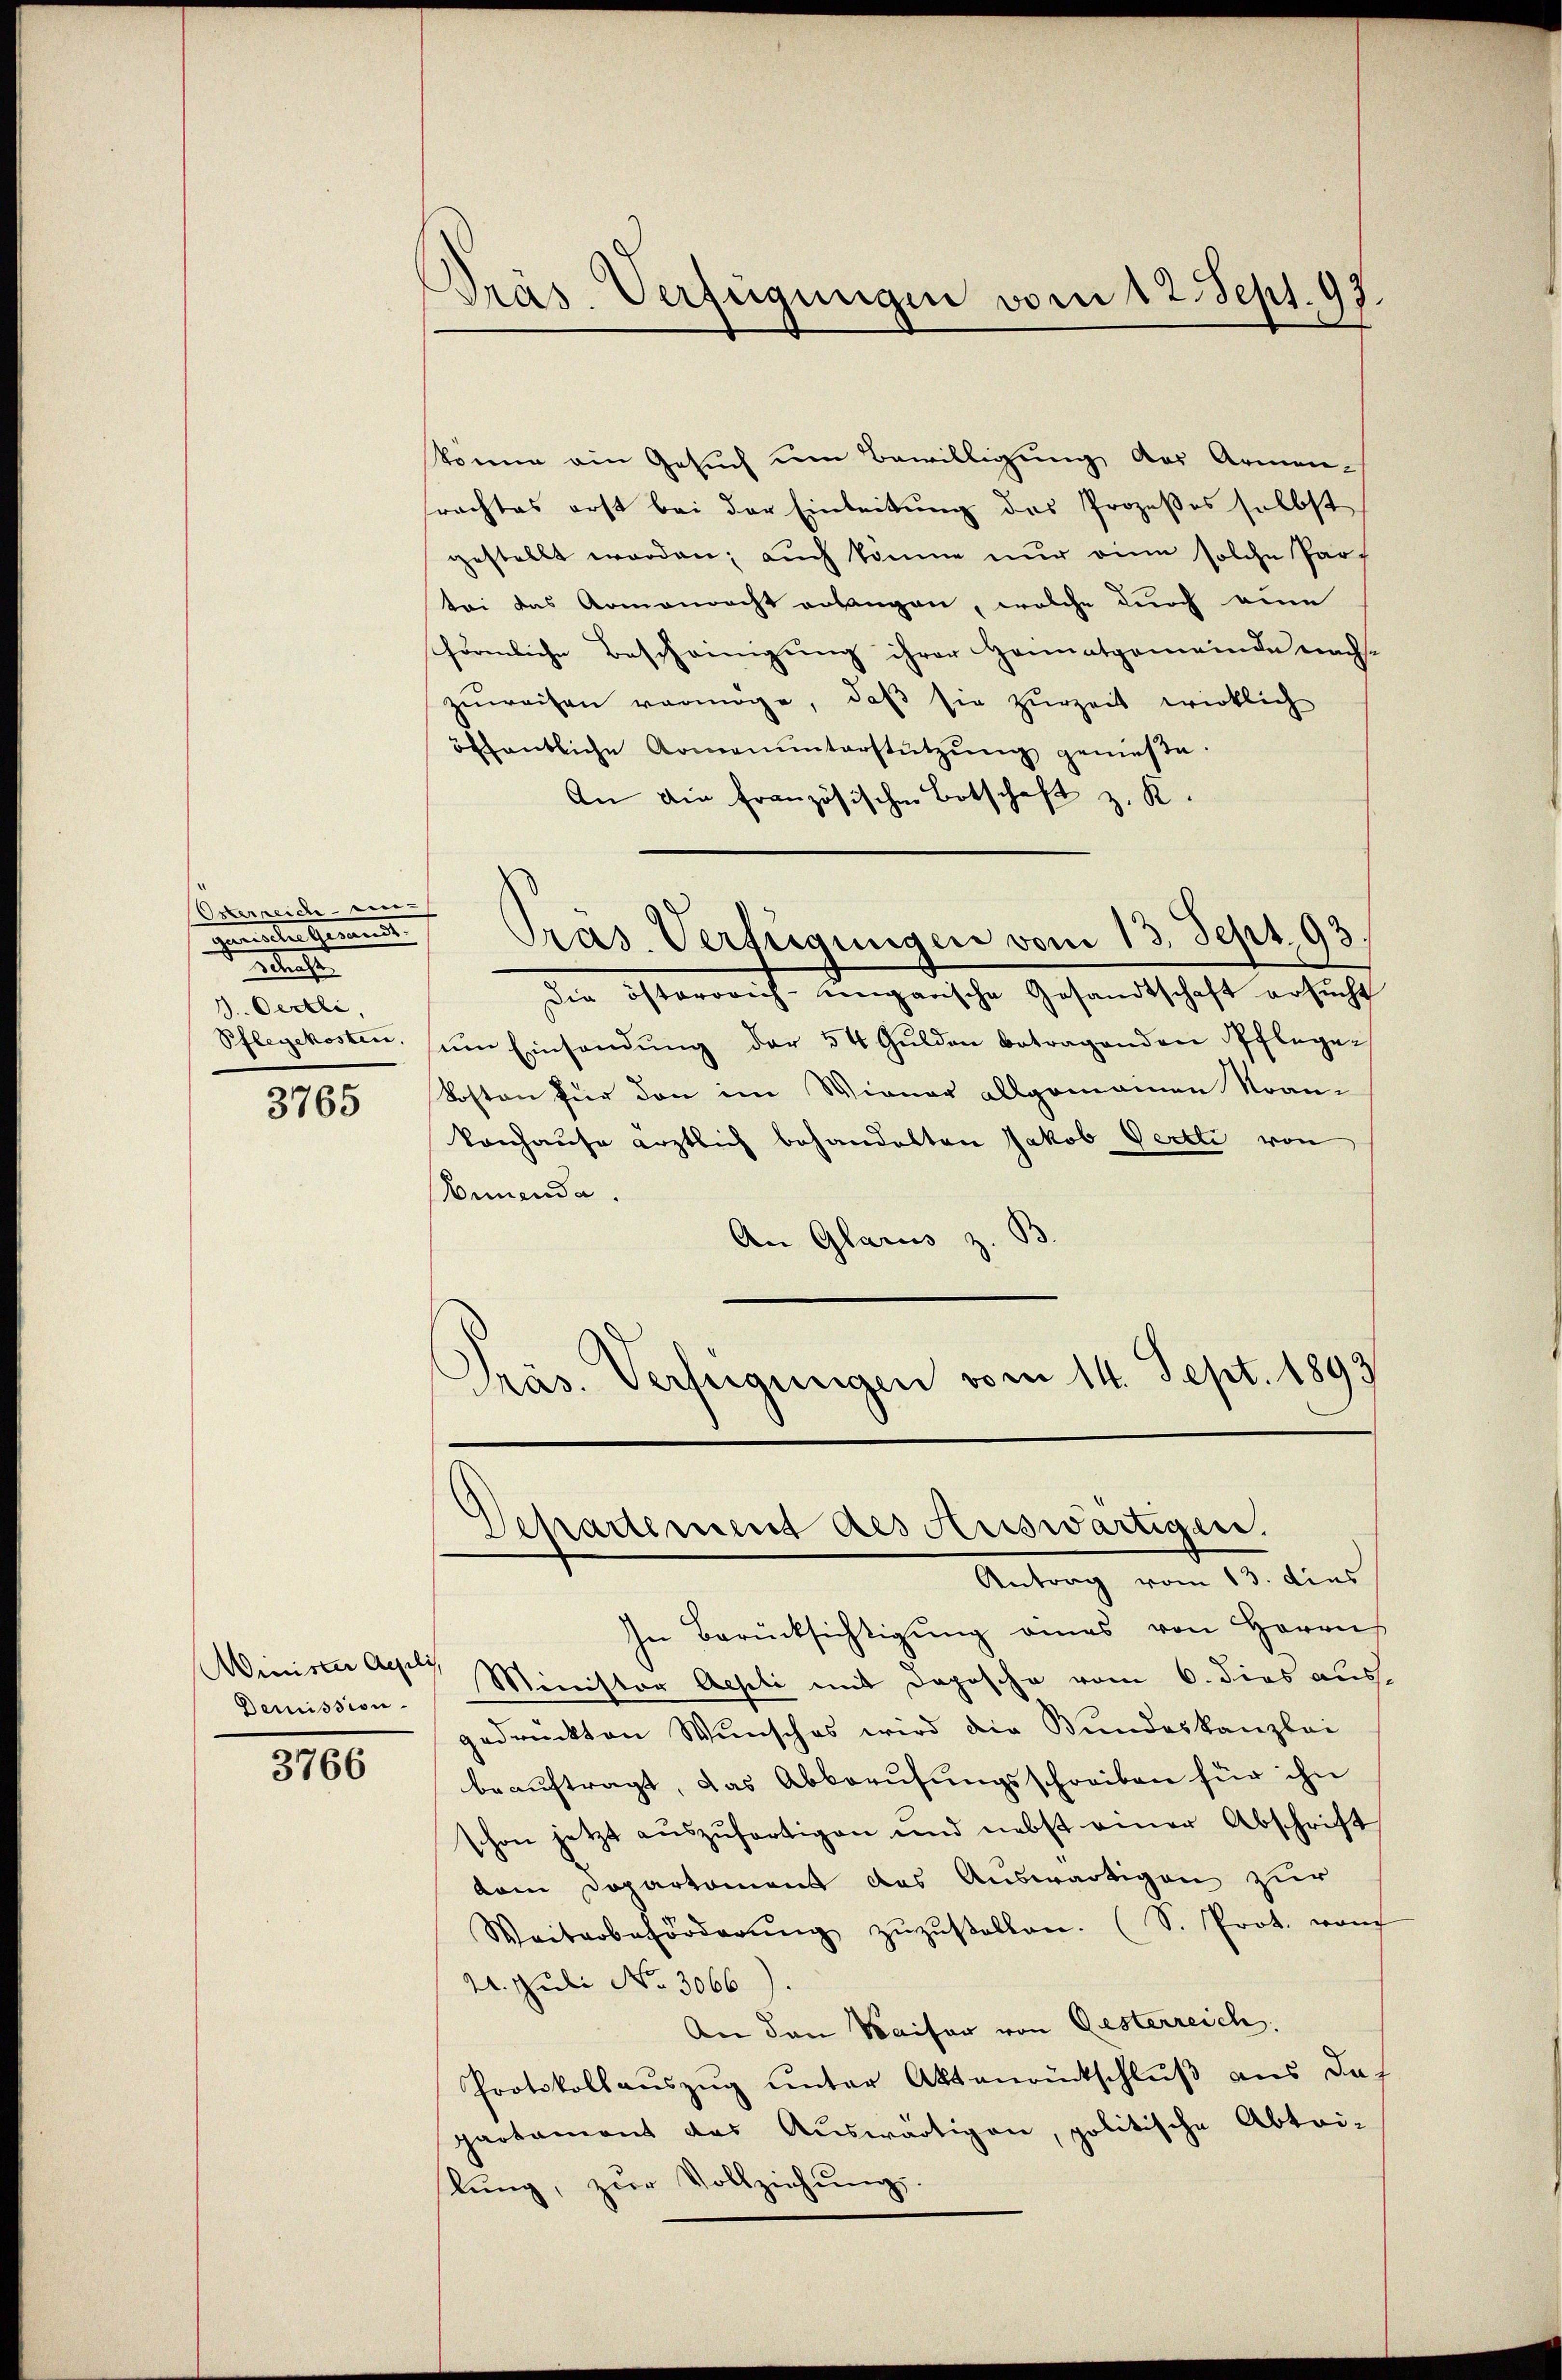
Osterreiche eine
gerinten Gemeinde
e
J. Oertli,
3765

Minister Agili
Demission

3766

Präs. Verfügungen vom 12. Sept. 93.

könne ein Gesuch um Bewilligung des Armen-
rachtes erst bei der Einleitung des Prozeßes selbst
gestellt worden; auch könne nur eine solche Partei das Armenrecht erlangen, welche durch eine
sförmliche Bescheinigung ihrer Heimatgemeinde nach-
zuweisen vermöge, daß sie zurzeit wirklich
öffentliche Armenunterstützŭng genieße.
An die französischen Botschaft z. K.
Pras. Verfügungen vom 13. Sept. 93.
die österricht ungensche Gesandtschaft ersucht
Pflegekosten ŭm Einsandŭng der 54 Gulden betragenden Pflege¬
Kosten für den im Wiener allgemeinen Strankonhause ärztlich behandelten Jakob Pertli von
Annenda
An Glarus z. B.
Präs. Verfügungen vom 14. Sept. 1893

Departement des Auswärtigen.
Antrag vom 13. dies

In Berücksichtigung eines von Herrn
Minister Aesti mit Daposche vom 6. dies aus
gedrückten Wunsches wird die Bundeskanzlei
beauftragt, das Abberufungsschreiben für ihn
schon jetzt aŭszŭfertigen und nebst einer Abschrift
vem Departement das Auswärtigen zur
Weiterbeförderŭng zŭzŭstellen. (S. Prot. manch
U. Juli No 3066
An den Waiser von Gesterreich
Protokollauszug unter Aktenrückschluß aus das
partament das Auswärtigen, politische Abtri-
lung, zur Vollziehung.